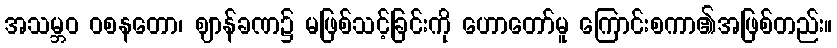
အသမ္ဘဝ ဝစနတော၊ ဈာန်ခဏ၌ မဖြစ်သင့်ခြင်းကို ဟောတော်မူ ကြောင်းစကာ၏အဖြစ်တည်း။